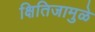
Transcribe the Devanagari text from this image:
क्षितिजामुळे